Insane asylums Bombay 1873-77 - 1873-1877
Year: 1873
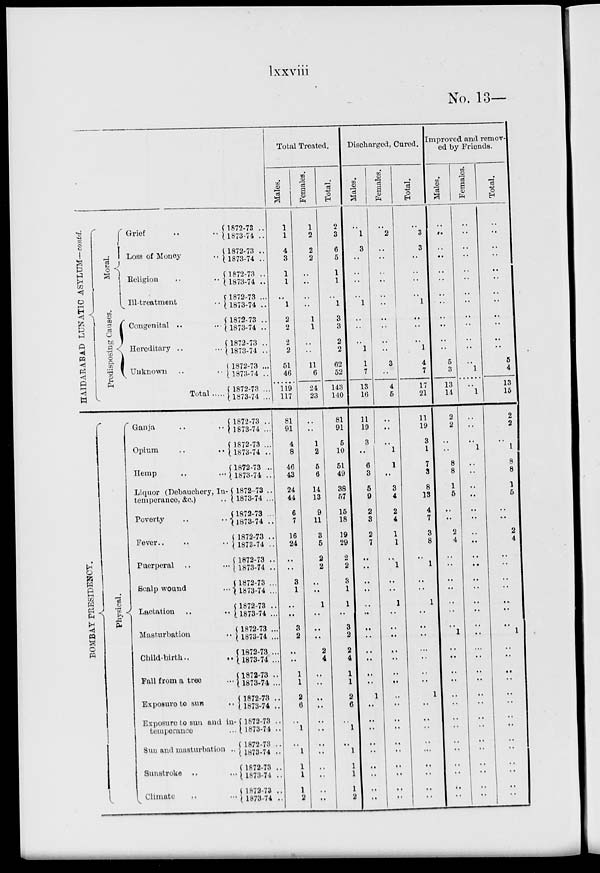
lxxviii
No. 13 —
HAIDARABAD
LUNATIC ASYLUM— contd.
BOMBAY PRESIDENCY ..
Moral.
Predisposing Causes.
Grief
..
..
Loss of Money
..
Religion
..
..
Ill-treatment
..
Congenital ..
...
Hereditary ..
...
Unknown .. ..
Total .....
Physical.
Ganja .. ..
Opium
..
..
Hemp
...
Liquor (Debauchery, In-
temperance, &c.) ..
Poverty .. ..
Fever..
Puerperal
Scalp wound ...
Lactation .. ..
Masturbation ..
Child-birth .. ..
Fall from a tree ...
Exposure to sun ..
Exposure to sun and in-
temperance ...
Sun and masturbation ..
Sunstroke .. ...
Climate .. ...
1872-73 ..
1873-74 ..
1872-73 ..
1873-74 ..
1872-73 ..
1873-74 ..
1872-73 ...
1873-74 ..
1872-73 ..
1873-74 ..
1872-73 ..
1873-74 ..
1872-73 ...
1873-74 ..
1872-73 ...
1873-74 ...
1872-73 ..
1873-74 ...
1872-73 ...
1873-74 ..
1872-73 ...
1873-74 ..
1872-73 ..
1873-74 ...
1872-73 ...
1873-74 ..
1872-73 ..
1873-74 ..
1872-73 ..
1873-74 ..
1872-73 ...
1873-74 ...
1872-73 ..
1873-74 ...
1872-73 ...
1873-74 ...
1872-73 ...
1873-74 ...
1872-73 ..
1873-74 ...
1872-73 ..
1873-74 ..
1872-73 ..
1873-74 ..
1872-73 ..
1873-74 ..
1872-73 ..
1873-74 ..
1872-73 ..
1873-74 ..
Total Treated.
Males.
1
1
4
3
1
1
..
l
2
2
2
2
51
46
119
117
81
91
4
8
46
43
24
44
6
7
16
24
..
..
3
1
..
..
3
2
..
..
1
1
2
6
..
1
..
1
1
1
1
2
Females.
1
2
2
2
..
..
..
..
1
1
..
..
11
6
24
23
..
..
1
2
5
6
14
13
9
11
3
5
2
2
..
..
1
..
..
..
2
4
..
..
..
..
..
..
..
..
..
..
..
..
Total.
2
3
6
5
1
1
..
1
3
3
2
2
62
52
143
140
81
91
5
10
51
49
38
57
15
18
19
29
2
2
3
1
1
..
3
2
2
4
1
1
2
6
..
1
..
1
1
1
1
2
Discharged, Cured.
Males.
..
1
3
..
..
..
..
1
..
..
..
1
1
7
13
16
11
19
3
..
6
3
5
9
2
3
2
7
..
..
..
..
..
..
..
..
..
..
..
..
1
..
..
..
..
..
..
..
..
..
Females.
..
2
..
..
..
..
..
..
..
..
..
..
3
..
4
5
..
..
..
1
1
..
3
4
2
4
1
1
..
1
..
..
1
..
..
..
..
..
..
..
..
..
..
..
..
..
..
..
..
..
Total.
..
3
3
..
..
..
..
1
..
..
..
1
4
7
17
21
11
19
3
1
7
3
8
13
4
7
3
8
..
1
..
..
1
..
..
..
..
..
..
..
1
..
..
..
..
..
..
..
..
..
improved and remov-
ed by Friends.
Males.
..
..
..
..
..
..
..
..
..
..
..
..
5
3
13
14
2
2
..
..
8
8
1
5
..
..
2
4
..
..
..
..
..
..
..
1
..
..
..
..
..
..
..
..
..
..
..
..
..
..
Females.
..
..
..
..
..
..
..
..
..
..
..
..
..
1
..
1
..
..
..
1
..
..
..
..
..
..
..
..
..
..
..
..
..
..
..
..
..
..
..
..
..
..
..
..
..
..
..
..
..
..
Total.
..
..
..
..
..
..
..
..
..
..
..
..
5
4
13
15
2
2
..
1
8
8
1
5
..
..
2
4
..
..
..
..
..
..
..
1
..
..
..
..
..
..
..
..
..
..
..
..
..
..